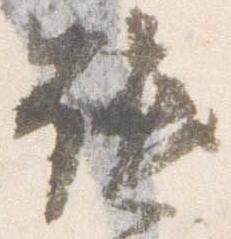
譴